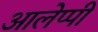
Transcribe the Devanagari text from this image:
आलेप्पी